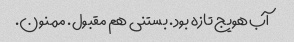
آب هویج تازه بود. بستنی هم مقبول. ممنون.